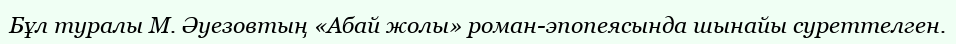
Бұл туралы М. Әуeзовтың «Абай жолы» роман-эпопеясында шынайы суреттелген.